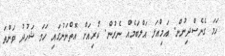
ހަމަ ގެެނެސްދިނުން. އަމިއްލަ އަލްބަމެއް ނެރުން. ކުރިއަށް އޮތްނަނުގައި ހަމަ ޝަހުދު ވަންތަ